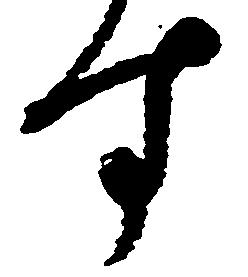
す